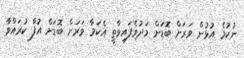
ނުކުމެ އުޅުން ވަރަށް ބޮޑަށް މަދުވެފައިވާތީ އެކަމާ ވަރަށް ބޮޑަށް އުފާ ކުރައްވާ